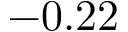
- 0 . 2 2